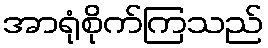
အာရုံစိုက်ကြသည်